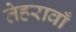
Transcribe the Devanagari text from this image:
तेहरावाँ